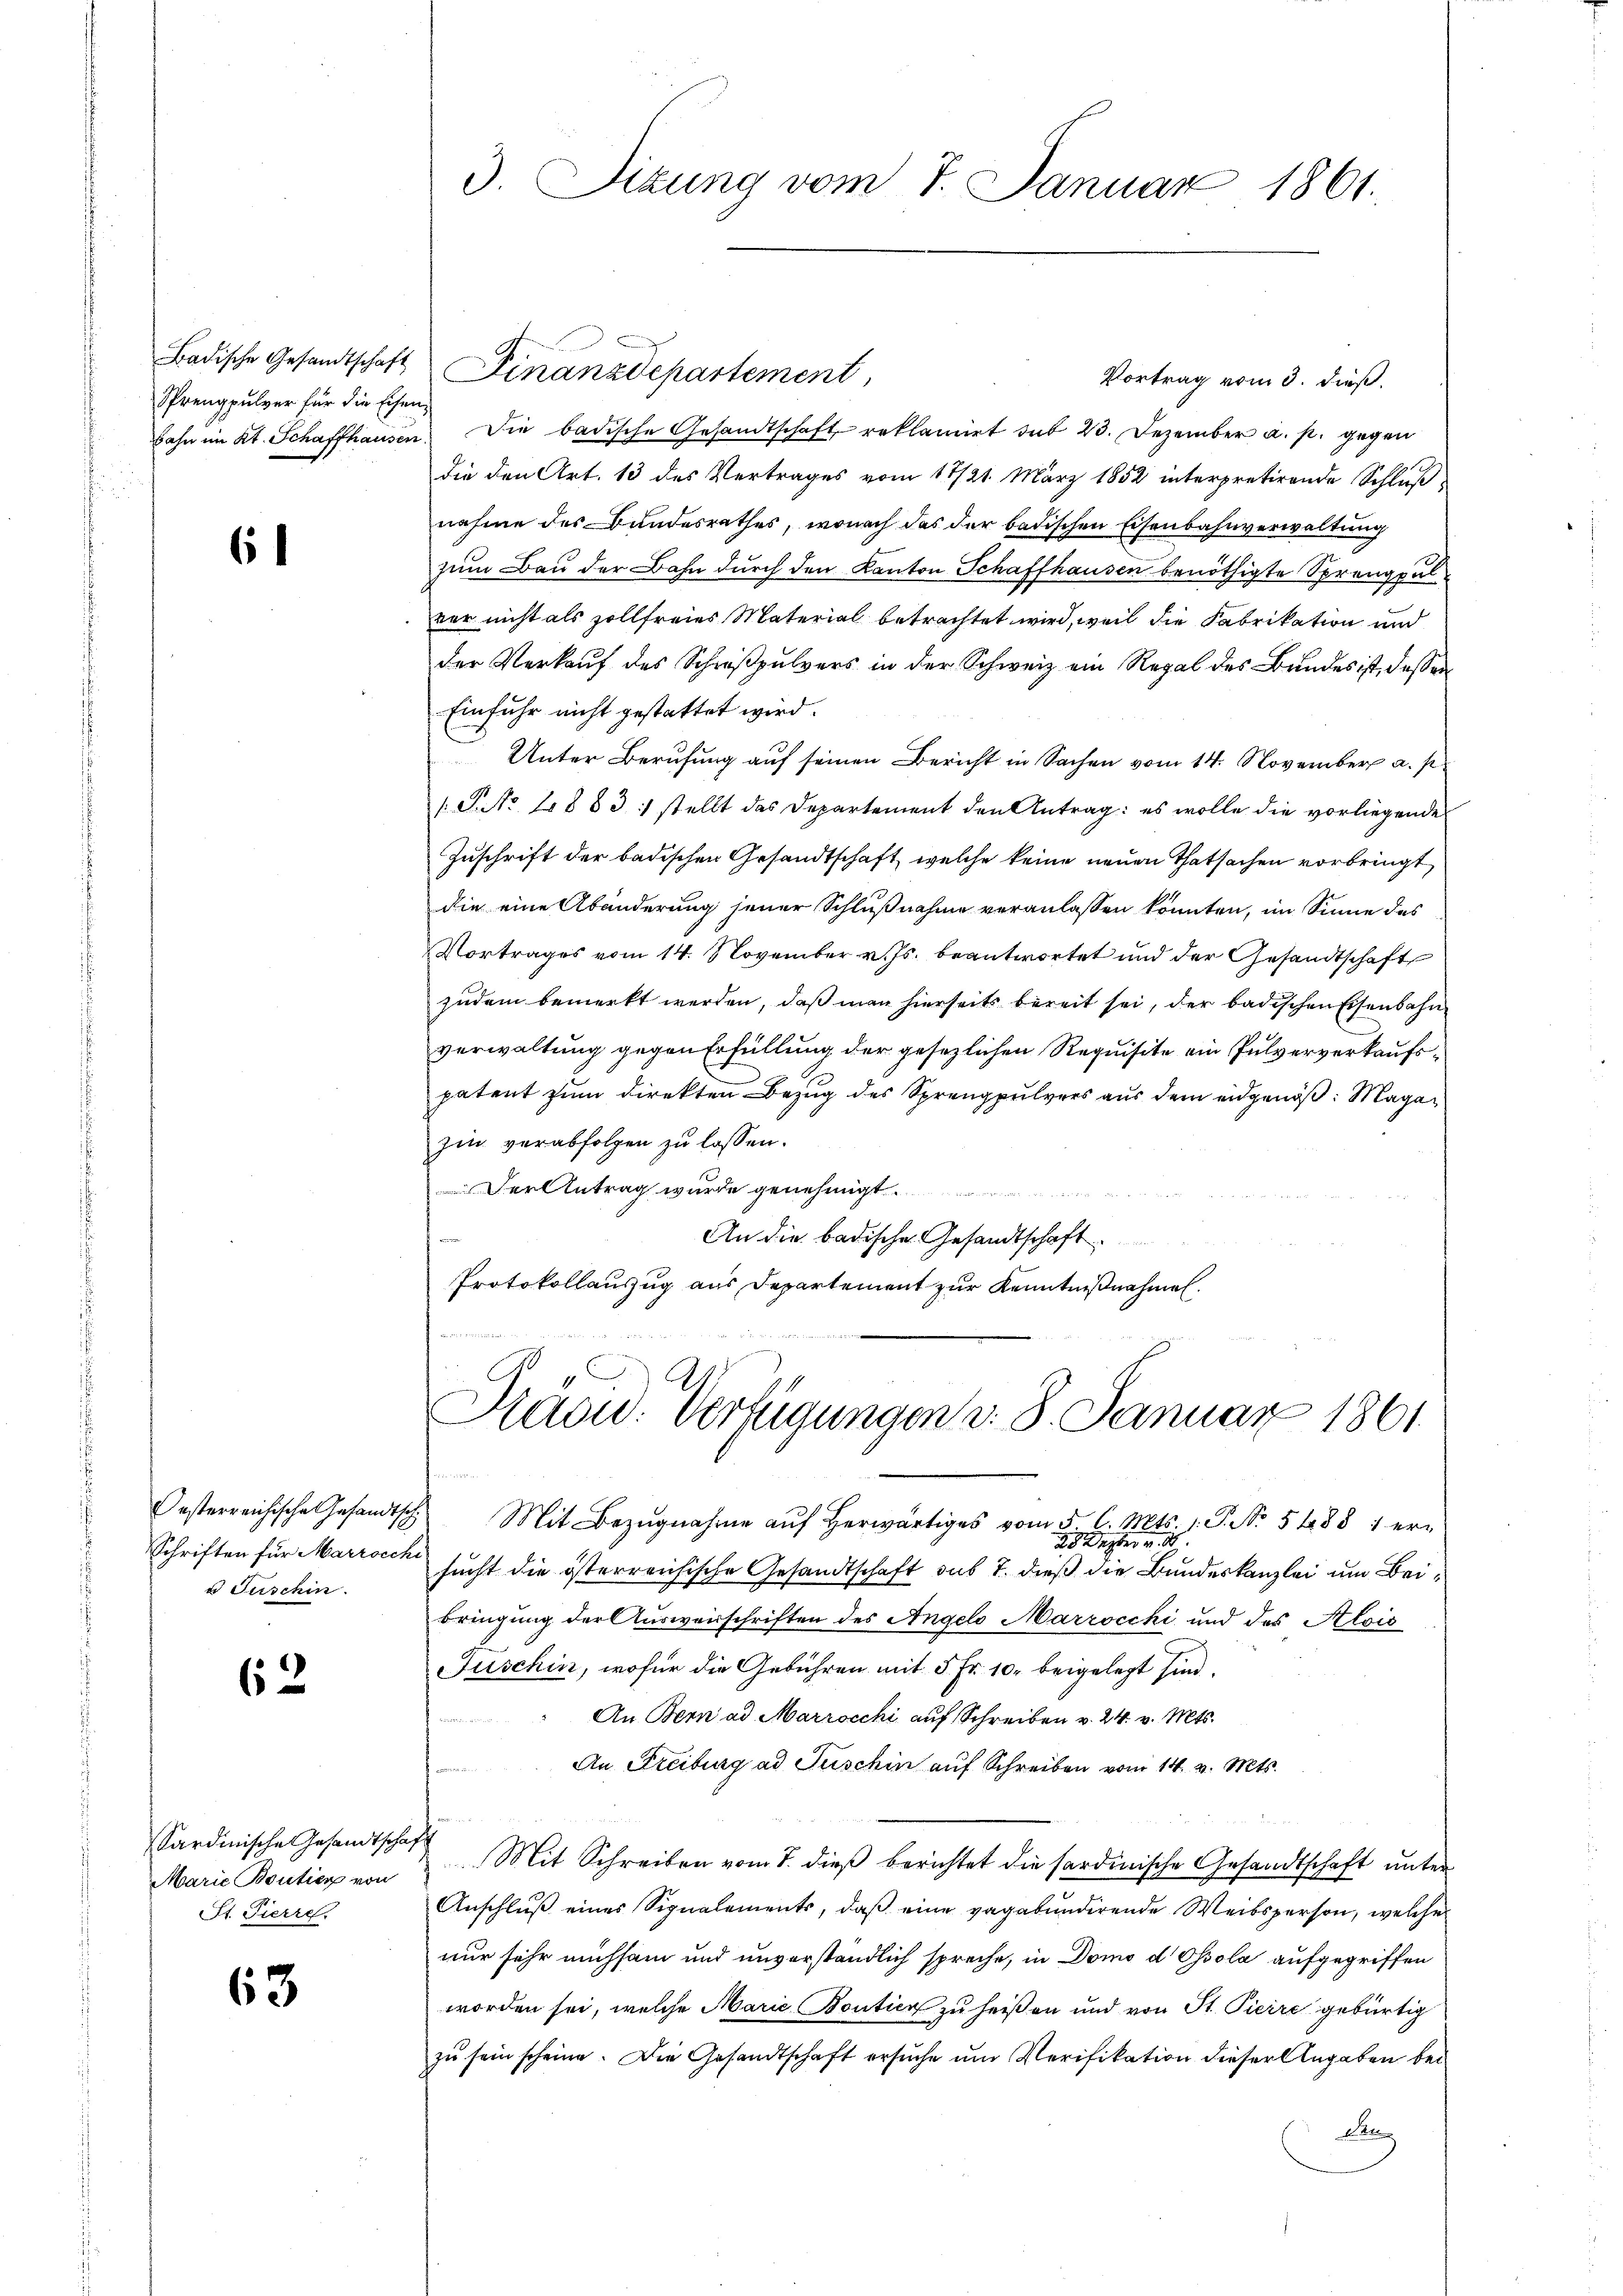
Badische Gesandtschaft
Sprengpulver für die Eisen¬

6

62

63

Schriften für Marzocchi
u Fuschin

Vortrag vom 3. dieß.
bahn im Kt. Schaffhausen. Die badische Gesandtschaft reklamirt sub 23. Dezember a. p. gegen
die den Art. 13 des Vertrages vom 17/21. März 1852 interpretirende Schluß
nahme des Bundesrathes, wonach das der badischen Eisenbahnverwaltung
zum Bau der Bahn durch den Kanton Schaffhausen benöthigte Sprengpul
ver nicht als sollfreies Material betrachtet wird, weil die Fabrikation und
der Verkauf des Schreßpulvers in der Schweiz ein Regal des Bundes ist, dessen
Einfuhr nicht gestattet wird.
Unter Berufung auf seinen Bericht in Sachen vom 14. November a. p.
 P. No 10883: stellt das Departement den Antrag: es wolle die vorliegende
Zuschrift der badischen Gesandtschaft, welche keine neuen Thatsachen vorbringt,
die eine Abänderung jener Schlußnahme veranlassen konnten, im Sinne das
Vortrages vom 14. November v. Js. beantwortet und der Gesandtschaft
zudem bemerkt werden, daß man hierseits bereit sei, der badischen Eisenbahnverwaltung gegen Erfüllung der gesezlichen Requisite ein Pulververkaufspatent zum Direkten Bezug des Sprengpulvers aus dem eidgenöß: Magazin verabfolgen zu lassen.
Der Antrag wurde genehmigt.
An die badische Gesandtschaft
Protokollauszug aus Departement zur Kenntnißnahmen.

Sardinische Gesandtschaft
Marie Boutier von
St. Pierre.

3. Sizung vom 7. Januar 1861.

Finanzdepartement,

Käsid. Verfügungen d. 8. Januar 1861

Oesterreichische Gesandtsch Mit Bezŭgnahme aŭf herwärtiges vom 5. C. Mts. 1. P. Nr. 5488 1 er-
25 Septer v. 18.
sucht die österreichische Gesandtschaft sub 7. dieß die Bundeskanzlei um Beibringung der Ausweisschriften des Angelo Marzocchi und des Alois
Juschin, wofür die Gebühren mit 5 Fr. 10. beigelegt sind.
An Bern ad Marrocchi auf Schreiben v. 24. v. Mts.

An Freiburg ad Juschin auf Schreiben vom 14. v. Mts.
.
Mit Schreiben vom 7. dieß berichtet die sardinische Gesandtschaft unter
Anschluß eines Signalements, daß eine vagebunderende Weibsperson, welche
nur sehr michsam und unverständlich spreche, in Domo d Ossola aufgegriffen
worden sei, welche Marie Bontica zu heißen und von St. Pierre gebürtig
zu sein scheine. Die Gesandtschaft ersuche um Verifikation dieser Angaben bei
Aug